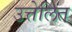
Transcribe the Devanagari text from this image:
उत्तेलित